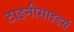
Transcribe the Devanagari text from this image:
टाइनीसाइडर्स